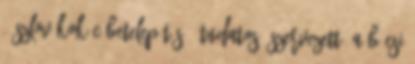
- szlovákok c betelepítés – tudatos, szervezett, a bécsi